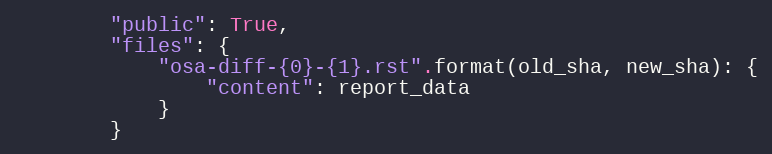
Language: Python
        "public": True,
        "files": {
            "osa-diff-{0}-{1}.rst".format(old_sha, new_sha): {
                "content": report_data
            }
        }